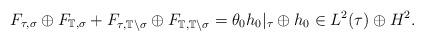
LaTeX: \begin{align*}F_{\tau,\sigma}\oplus F_{\mathbb T,\sigma} + F_{\tau,\mathbb T\setminus\sigma}\oplus F_{\mathbb T,\mathbb T\setminus\sigma}=\theta_0 h_0|_\tau\oplus h_0\in L^2(\tau)\oplus H^2.\end{align*}